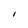
Character: I